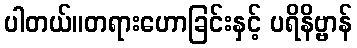
ပါတယ်။တရားဟောခြင်းနှင့် ပရိနိဗ္ဗာန်